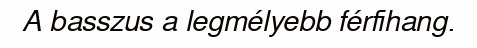
A basszus a legmélyebb férfihang.